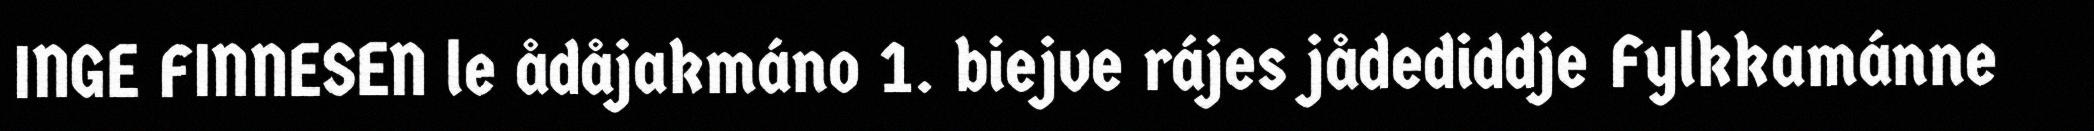
INGE FINNESEN le ådåjakmáno 1. biejve rájes jådediddje Fylkkamánne